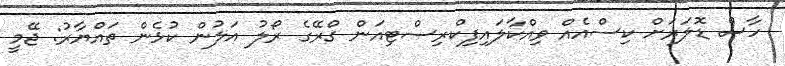
ހާސް ޑޮލަރަށް ކިސްއެއް ވިއްކާލައިފިކްރިސްޓިއަން ގްރޭގެ ރޯލު އަލުން ކުޅެން ތައްޔާރު: ޖޭމީ